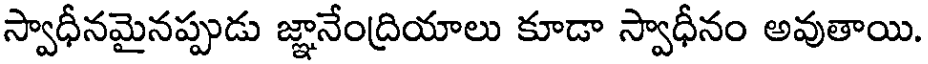
స్వాధీనమైనప్పుడు జ్ఞానేంద్రియాలు కూడా స్వాధీనం అవుతాయి.